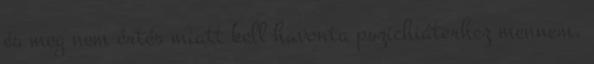
és meg nem értés miatt kell havonta pszichiáterhez mennem.